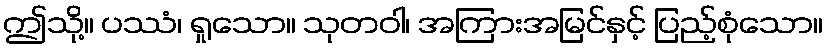
ဤသို့။ ပဿံ၊ ရှုသော။ သုတဝါ၊ အကြားအမြင်နှင့် ပြည့်စုံသော။